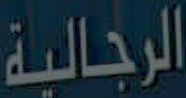
الرجالية